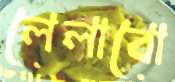
লেলাবো